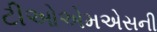
ટીઓએમએસની